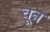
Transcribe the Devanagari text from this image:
वून